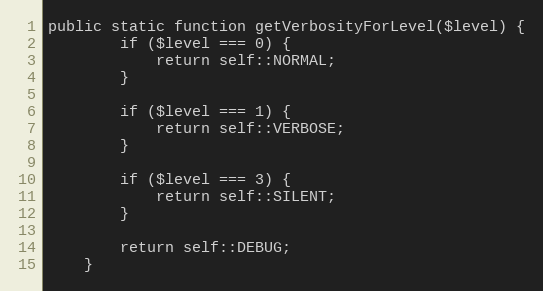
Language: PHP
public static function getVerbosityForLevel($level) {
        if ($level === 0) {
            return self::NORMAL;
        }

        if ($level === 1) {
            return self::VERBOSE;
        }

        if ($level === 3) {
            return self::SILENT;
        }

        return self::DEBUG;
    }